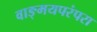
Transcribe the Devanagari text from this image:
वाङ्मयपरंपरा